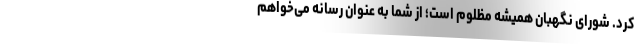
کرد. شورای نگهبان همیشه مظلوم است؛ از شما به عنوان رسانه می‌خواهم